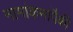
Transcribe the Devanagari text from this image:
नामांकनांपैकी